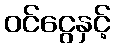
ဝင်ငွေနှင့်